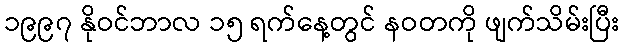
၁၉၉၇ နိုဝင်ဘာလ ၁၅ ရက်နေ့တွင် နဝတကို ဖျက်သိမ်းပြီး